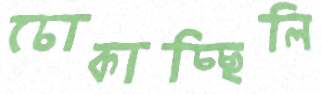
চোকাচ্ছিলি